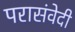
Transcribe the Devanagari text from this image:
परासंवेदी